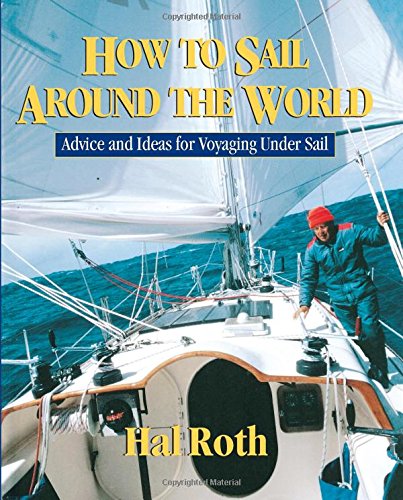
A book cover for How to Sail Around the World : Advice and Ideas for Voyaging Under Sail; Hal Roth; Sports & Outdoors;